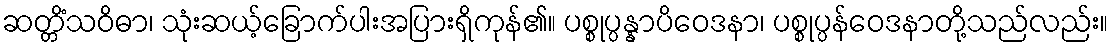
ဆတ္တိံသဝိဓာ၊ သုံးဆယ့်ခြောက်ပါးအပြားရှိကုန်၏။ ပစ္စုပ္ပန္နာပိဝေဒနာ၊ ပစ္စုပ္ပန်ဝေဒနာတို့သည်လည်း။